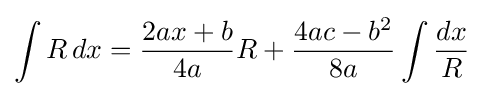
\int R\,dx={\frac {2ax+b}{4a}}R+{\frac {4ac-b^{2}}{8a}}\int {\frac {dx}{R}}